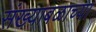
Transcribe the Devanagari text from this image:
संख्याबळाच्या